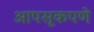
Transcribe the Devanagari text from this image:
आपसूकपणे